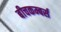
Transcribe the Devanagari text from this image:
बीचकम्बर्स